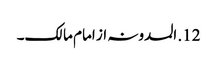
12. المدونہ از امام مالک۔